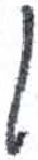
אות: ו